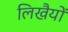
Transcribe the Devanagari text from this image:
लिखैयों